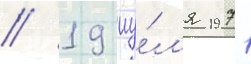
// 19 иу́л'я 1971